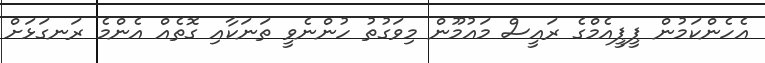
އެހެންކަމުން ޕީޕީއެމްގެ ރައީސް މައުމޫން މިވަގުތު ހުންނެވީ ތަނަކާއި ގޮތެއް އެންމެ ރަނގަޅަށް